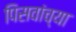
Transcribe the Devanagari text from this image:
पिसवांच्या